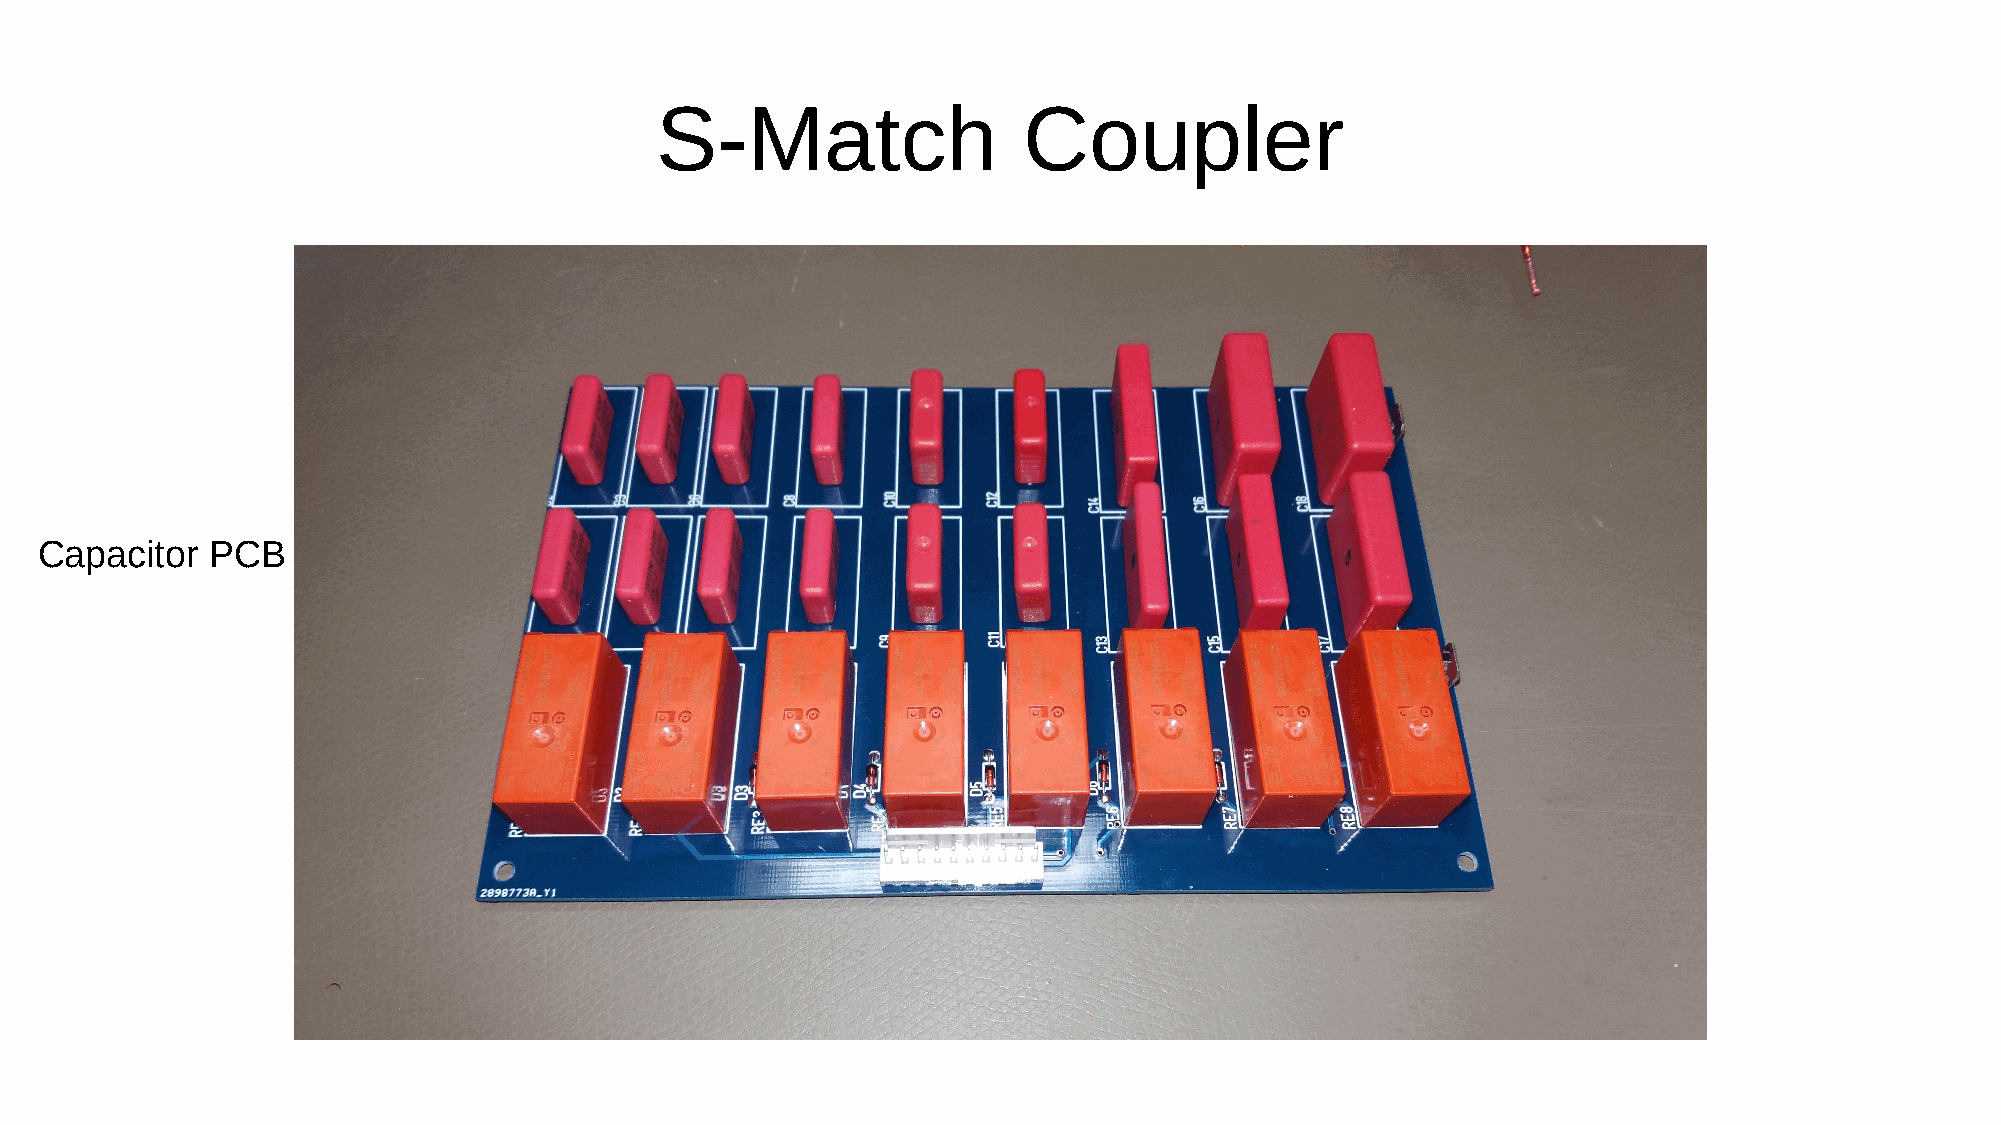
S-Match                  Coupler
 Capacitor  PCB